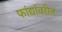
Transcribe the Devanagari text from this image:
फांद्यांवरील